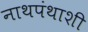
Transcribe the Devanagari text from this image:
नाथपंथाशी